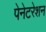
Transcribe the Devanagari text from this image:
पेनेटरेशन